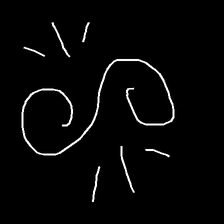
Glyph: wind-directs-air